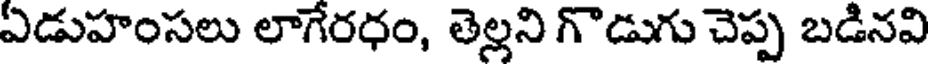
ఏడుహంసలు లాగేరధం, తెల్లని గొడుగు చెప్ప బడినవి